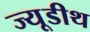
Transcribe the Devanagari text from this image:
ज्यूडीथ